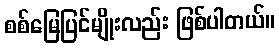
စစ်မြေပြင်မျိုးလည်း ဖြစ်ပါတယ်။